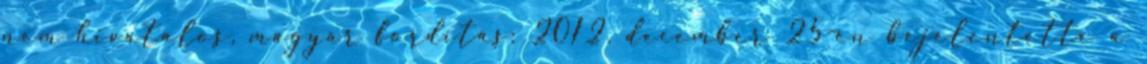
nem hivatalos, magyar fordítás: 2012. december 25-én bejelentette a